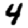
Digit: 4